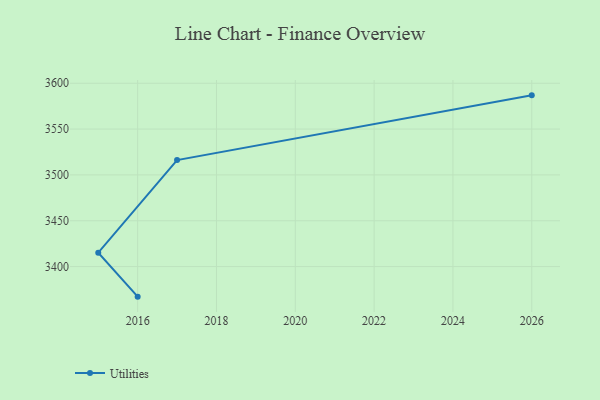
{"axis": {"x": "Year", "y": "Tickets Resolved"}, "legend": ["Utilities"], "data": [{"x": "2016", "y": 3367.2, "type": "Utilities"}, {"x": "2015", "y": 3415.2, "type": "Utilities"}, {"x": "2017", "y": 3516.2, "type": "Utilities"}, {"x": "2026", "y": 3586.8, "type": "Utilities"}]}